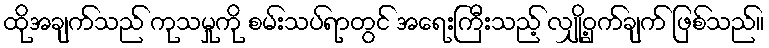
ထိုအချက်သည် ကုသမှုကို စမ်းသပ်ရာတွင် အရေးကြီးသည့် လျှို့ဝှက်ချက် ဖြစ်သည်။